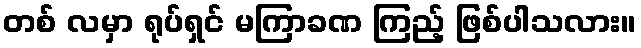
တစ် လမှာ ရုပ်ရှင် မကြာခဏ ကြည့် ဖြစ်ပါသလား။